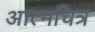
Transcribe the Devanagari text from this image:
आत्मचित्र